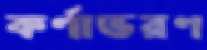
কর্ণাভরণ